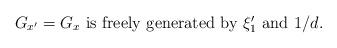
LaTeX: \begin{align*}\mbox{$G_{x'}=G_x$ is freely generated by $\xi'_1$ and $1/d$.} \end{align*}